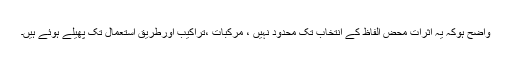
واضح ہوکہ یہ اثرات محض الفاظ کے انتخاب تک محدود نہیں ، مرکبات ،تراکیب اورطریقِ استعمال تک پھیلے ہوئے ہیں۔